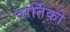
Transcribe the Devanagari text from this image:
वार्तिको